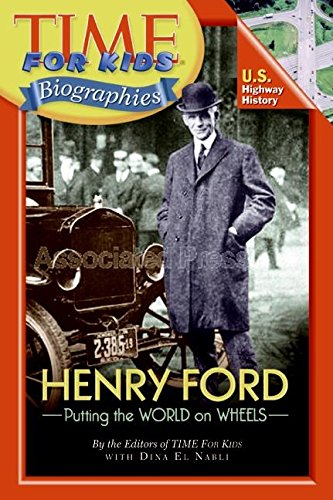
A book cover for Time For Kids: Henry Ford (Time for Kids Biographies); Editors of TIME For Kids; Children's Books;